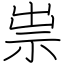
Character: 祟